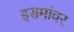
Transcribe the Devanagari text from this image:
इसमांवर